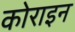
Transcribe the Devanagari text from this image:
कोराइन